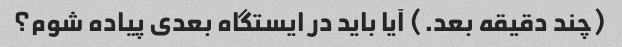
(چند دقیقه بعد.) آیا باید در ایستگاه بعدی پیاده شوم؟